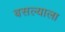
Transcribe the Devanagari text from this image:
बसल्याला